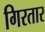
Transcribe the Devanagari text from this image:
गिरतार